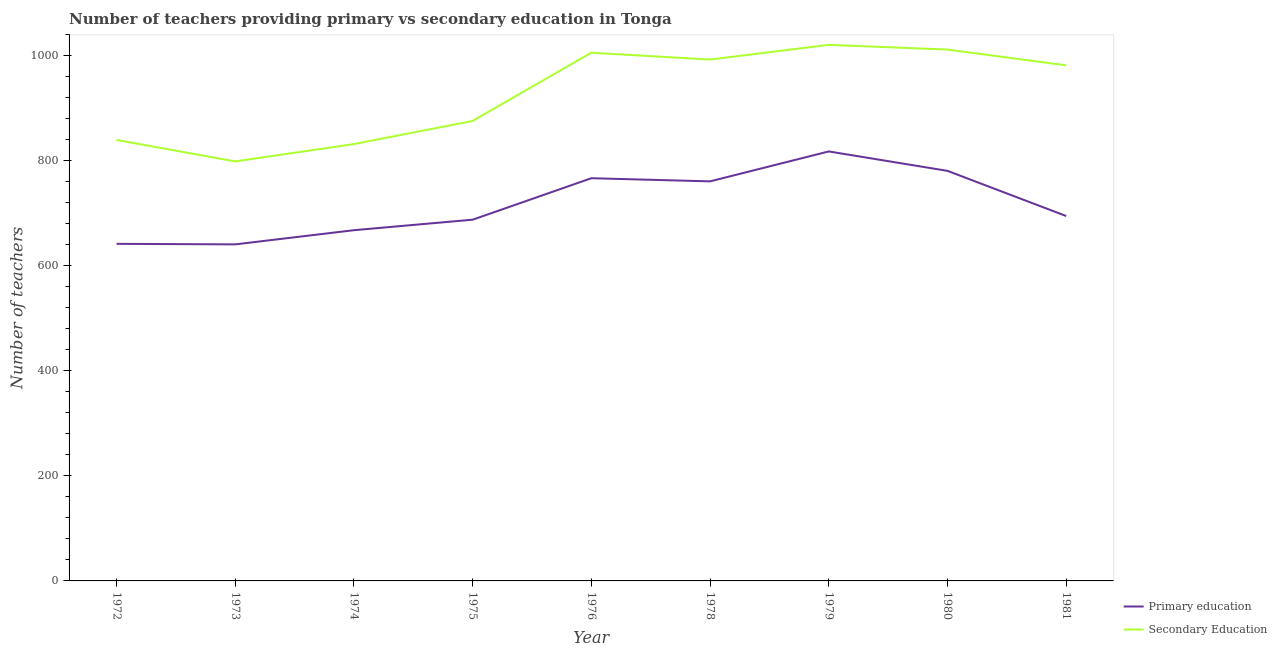
| Year | Primary education | Secondary Education |
 | --- | --- | --- |
 | 1972 | 642 | 840 |
 | 1973 | 641 | 799 |
 | 1974 | 668 | 832 |
 | 1975 | 688 | 876 |
 | 1976 | 767 | 1.01e+03 |
 | 1978 | 761 | 993 |
 | 1979 | 818 | 1.02e+03 |
 | 1980 | 781 | 1.01e+03 |
 | 1981 | 695 | 982 |